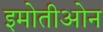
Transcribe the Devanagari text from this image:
इमोतीओन